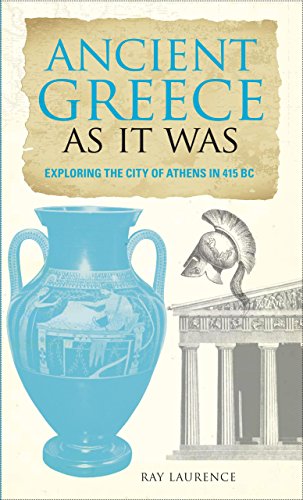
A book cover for Ancient Greece As It Was: Exploring the City of Athens in 415 BC; Eric Chaline; Travel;